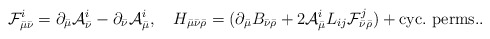
\begin{align*}{\cal F}^i_{\bar{\mu}\bar{\nu}}=\partial_{\bar{\mu}}{\cal A}^i_{\bar{\nu}}-\partial_{\bar{\nu}}{\cal A}^i_{\bar{\mu}}, \ \ \ H_{\bar{\mu}\bar{\nu}\bar{\rho}}=(\partial_{\bar{\mu}}B_{\bar{\nu}\bar{\rho}}+2{\cal A}^i_{\bar{\mu}}L_{ij}{\cal F}^j_{\bar{\nu}\bar{\rho}}) + {\rm cyc.\ perms.}. \end{align*}